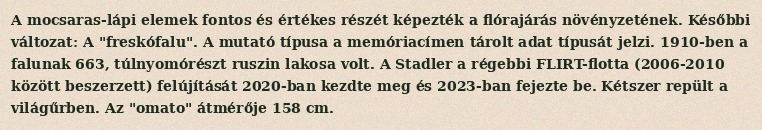
A mocsaras-lápi elemek fontos és értékes részét képezték a flórajárás növényzetének. Későbbi változat: A "freskófalu". A mutató típusa a memóriacímen tárolt adat típusát jelzi. 1910-ben a falunak 663, túlnyomórészt ruszin lakosa volt. A Stadler a régebbi FLIRT-flotta (2006-2010 között beszerzett) felújítását 2020-ban kezdte meg és 2023-ban fejezte be. Kétszer repült a világűrben. Az "omato" átmérője 158 cm.